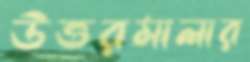
উত্তরমালার